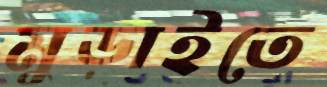
মুড়াইতে